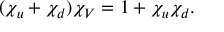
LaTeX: ( \chi _ { u } + \chi _ { d } ) \chi _ { V } = 1 + \chi _ { u } \chi _ { d } .